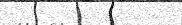
٢٤